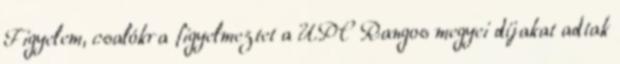
Figyelem, csalókra figyelmeztet a UPC Rangos megyei díjakat adtak